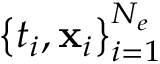
\left\{ { t } _ { i } , { \bf x } _ { i } \right\} _ { i = 1 } ^ { N _ { e } }